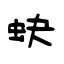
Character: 蚗